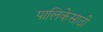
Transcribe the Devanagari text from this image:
पालिकेसाठी